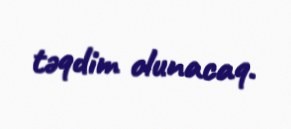
təqdim olunacaq.